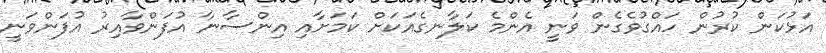
އަޅުކަން ކުރުން ހައްގުވެގެން ވަނީ އެންމެ ކަލާނގެއަކަށް ކަމަށާއި އިންސާނާ އުފަންވާއިރު އުފަންވަނީ